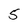
Character: 5